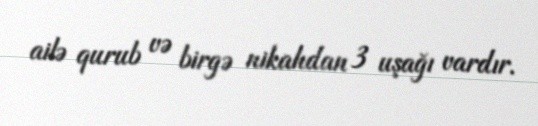
ailə qurub və birgə nikahdan 3 uşağı vardır.